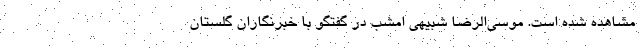
مشاهده شده است. موسی‌الرضا شبیهی امشب در گفتگو با خبرنگاران گلستان